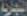
التجارية